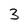
Character: 3